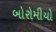
બોરોમીયો